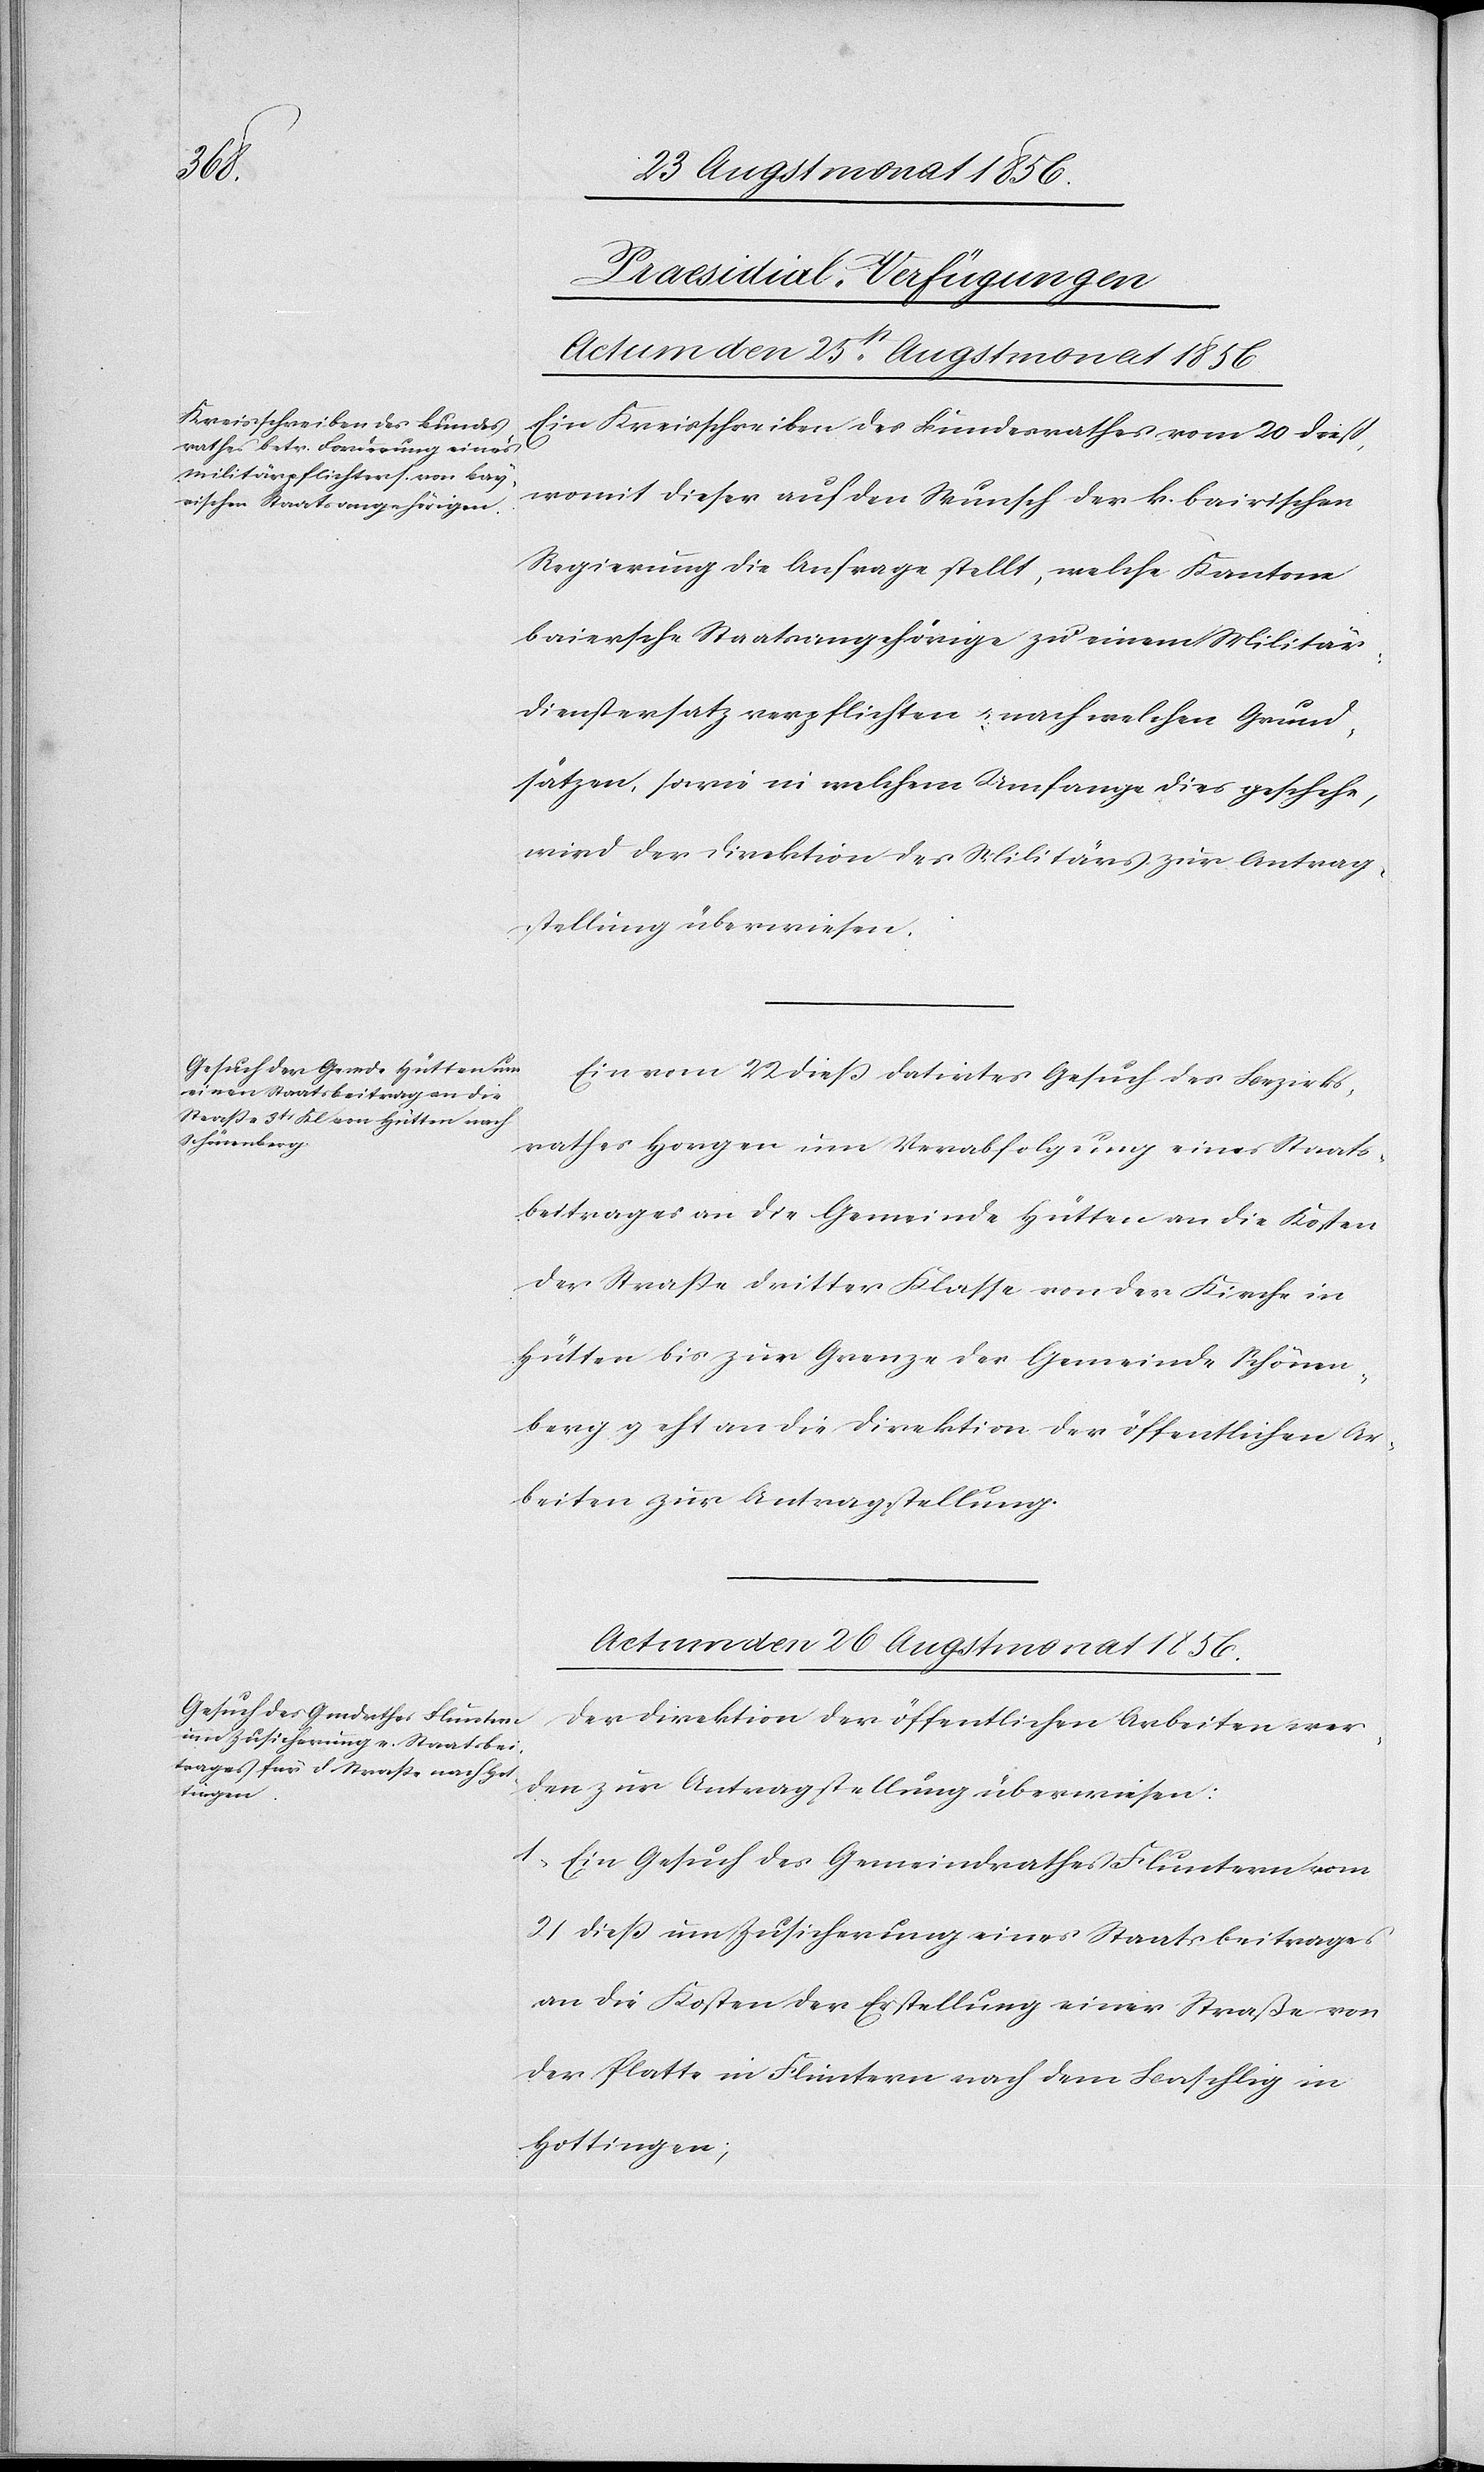
[Praesidial-Verfügungen]
Actum den 25st Augstmonat 1856.]
Ein Kreisschreiben des Bundesrathes vom 20 dieß,
womit dieser auf den Wunsch der k. bairischen
Regierung die Anfrage stellt, welche Kantone
baiersche Staatsangehörige zu einem Militär¬
dienstersatz verpflichten u. nach welchen Grund¬
sätzen, sowie in welchem Umfange dies geschehe,
wird der Direktion des Militärs zur Antrag¬
stellung überwiesen.
Ein vom 22 diess datirtes Gesuch des Bezirks¬
rathes Horgen um Verabfolgung eines Staats¬
beitrages an die Gemeinde Hütten an die Kosten
der Strasse dritter Klasse von der Kirche in
Hütten bis zur Grenze der Gemeinde Schönen¬
berg geht an die Direktion der öffentlichen Ar¬
beiten zur Antragstellung.
Actum den 26 Augstmonat 1856.
Der Direktion der öffentlichen Arbeiten wer¬
den zur Antragstellung überwiesen:
1.) Ein Gesuch des Gemeindrathes Fluntern vom
21 diess um Zusicherung eines Staatsbeitrages
an die Kosten der Erstellung einer Straße von
der Platte in Fluntern nach dem Baschlig in
Hottingen;